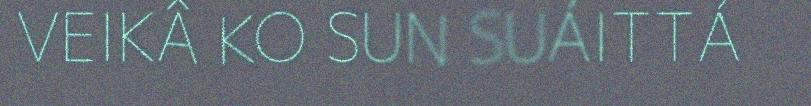
VEIKÂ KO SUN SUÁITTÁ